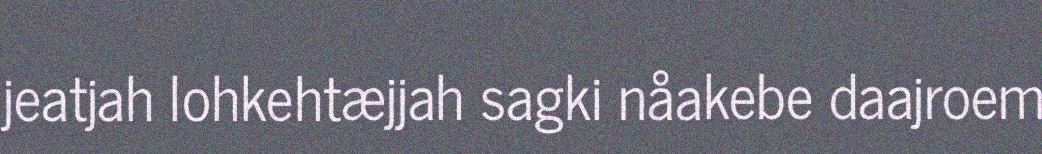
jeatjah lohkehtæjjah sagki nåakebe daajroem